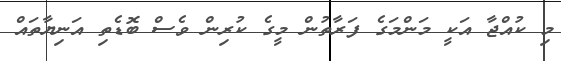
މި ކުއްޖާ އަކީ މަންމަގެ ފަރާތުން މީގެ ކުރިން ވެސް ބޮޑެތި އަނިޔާތައް